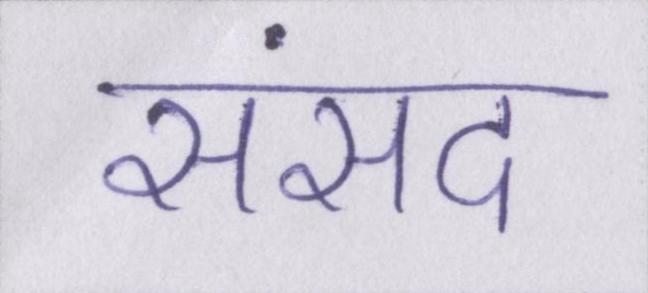
संसद